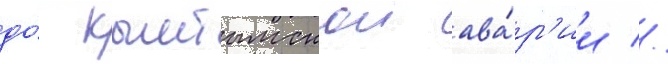
до́ кыштымскои ава́р'ии //